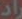
راد